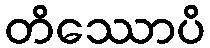
တိဿောပိ